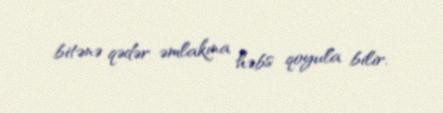
bitənə qədər əmlakına həbs qoyula bilir.